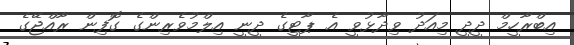
އިބްރާހީމް ދީދީ މިއަދު ވިދާޅުވީ އެ ޕާޓީގެ ދީނީ އިލްމުވެރިންގެ ގޮފިން ރާއްޖޭގެ